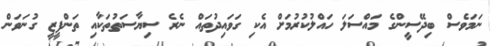
ނަމަވެސް ބިދޭސީންގެ މައްސަލަ ހައްލުކުރުމަށް އެކި ގަވައިދުތައް ނެރެ ސިޔާސަތުތަކާއި ތަންފީޒީ ގުނަވަން